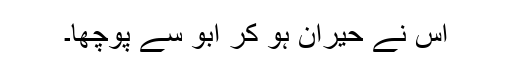
اس نے حیران ہو کر ابو سے پوچھا۔